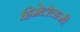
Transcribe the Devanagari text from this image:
हिमेटोलाजी